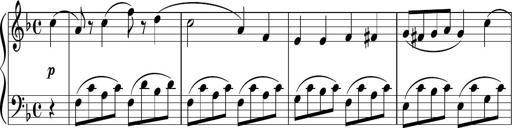
Title: 3 Sonatinen
Composer: Heinrich Lichner